system: You are a helpful assistant.
user:
Analyze the provided spectrum to determine if it is a **White Dwarf (WD)**.

A White Dwarf spectrum is defined by its **extreme purity** (due to gravitational settling) and/or **extreme pressure broadening** (due to high surface gravity). You must check for one of the following mutually exclusive signatures:

- **Key Visual Indicators (Check for ONE of these types):**

    - **1. DA-Type Signature (Most Common):**
        - **(Primary Feature):** Extreme pressure broadening (Stark broadening) of the **Hydrogen (H) Balmer lines**.
        - **(Key Lines):** $H\beta$ (approx. $4861$ Å) and $H\gamma$ (approx. $4340$ Å). $H\alpha$ (approx. $6563$ Å) will also be present if the wavelength range covers it.
        - **(Line Profile):** This is the **defining feature**. The lines are **NOT** sharp. They appear as massive, **extremely broad and deep "troughs" or "dips"** in the spectrum, often hundreds of Ångströms wide. The continuum will appear to "scoop" down at these wavelengths.
        - **(Distinction):** Normal A-type or B-type stars have *narrow* and *sharp* Hydrogen lines. A DA White Dwarf's lines are unmistakably "smeared" or "blurry" from pressure.

    - **2. DB-Type Signature:**
        - **(Primary Feature):** Broad absorption lines from **Neutral Helium (He I)**. The spectrum must lack any visible Hydrogen lines.
        - **(Key Lines):** Look for broad absorption near $4471$ Å, $4921$ Å, and $5876$ Å.
        - **(Line Profile):** These lines are also significantly pressure-broadened, appearing much wider than they would in a normal B-type main-sequence star.

    - **3. DC-Type Signature:**
        - **(Primary Feature):** A **featureless continuous spectrum**.
        - **(Line Profile):** The spectrum is a smooth curve with **no significant absorption or emission lines**.
        - **(Key Confirmation):** The continuum is almost always **blue or white**, indicating a hot object. This signature implies the atmosphere is so pure (or so cool) that no spectral lines are visible in the optical range. Its WD identity is confirmed by its extremely low intrinsic brightness (high absolute magnitude).

    - **4. DZ-Type Signature (Metal-Polluted):**
        - **(Primary Feature):** **Isolated, narrow metal absorption lines** on an otherwise featureless (DC-like) continuum.
        - **(Key Lines):** The **Calcium (Ca II) H & K doublet** (approx. **$3934$ Å** and **$3968$ Å**) is the most common and defining feature.
        - **(Line Profile):** These lines are "out of place." They are *not* part of a "forest" of thousands of lines. This signature is evidence of recent *accretion* (pollution) from rocky debris.
        - **(Distinction):** Normal G/K/M stars have a *dense forest* of thousands of metal lines. A DZ has a *clean* continuum with *only a few* strong metal lines.

    - **5. DQ-Type Signature (Carbon-Polluted):**
        - **(Primary Feature):** Absorption bands from **Carbon (C₂ "Swan Bands" or atomic C I)**.
        - **(Key Lines - C₂):** Look for bandheads with a "saw-tooth" shape near $5635$ Å, **$5165$ Å** (strongest), and $4737$ Å.
        - **(Key Confirmation):** The underlying **continuum must be blue or white** (hot).
        - **(Distinction):** This is the critical difference from a **Carbon Star**, which has the *exact same* C₂ bands but on an extremely **red, cool** continuum.

- **(Overall Spectrum):**
    - The continuum (overall shape) is typically **blue-sloping** (brighter in the blue than the red), as most white dwarfs are very hot.
    - The spectrum will look "pure" or "simple," dominated by only *one* of the five signatures listed above.

Think first, call **spectral_visualization_tool** if needed to examine features in detail, then provide your final answer. Your response must adhere to the following strict rules:
1.  **Overall Structure:** Your response must follow the format `<think>...</think> <tool_call>...</tool_call> (if a tool is used) <answer>...</answer>`.
2.  **Tool Usage Constraint:** You may only make **one** tool call per turn.
3.  **Final Answer Format:** In the `<answer>` tag, your conclusion must be inside a `\boxed{}` command (e.g., `\boxed{YES}` or `\boxed{NO}`), followed by your justification.

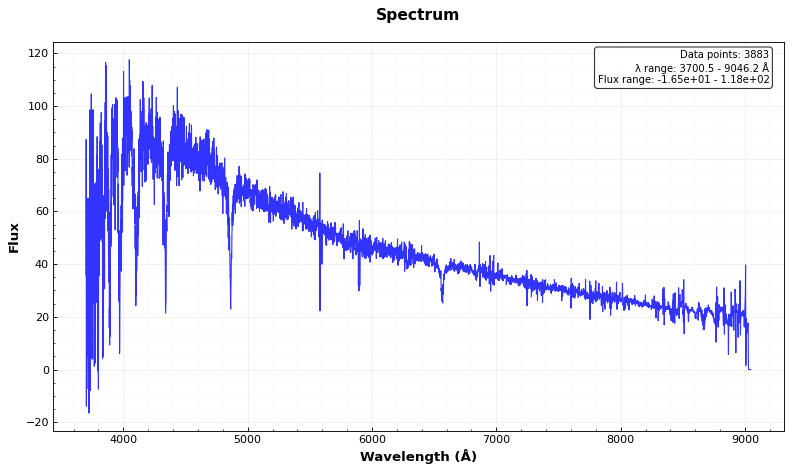
Answer: NO